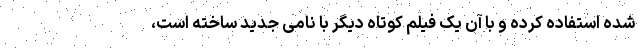
شده استفاده کرده و با آن یک فیلم کوتاه دیگر با نامی جدید ساخته است،